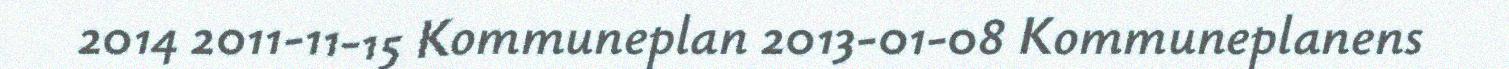
2014 2011-11-15 Kommuneplan 2013-01-08 Kommuneplanens